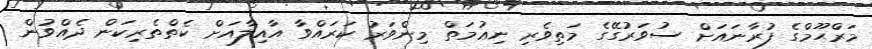
މަރްޙޫމްގެ ފުރާނައަށް ސުވަރުގޭގެ މަތިވެރި ނިޢުމަތް މިންވަރު ކަރައްވާ އާއިލާއަށް ކެތްތެރިކަން ދެއްވުން